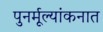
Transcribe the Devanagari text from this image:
पुनर्मूल्यांकनात